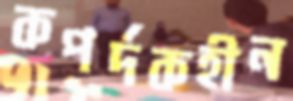
কপর্দকহীন